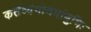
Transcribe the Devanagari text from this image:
कर्तव्यंगोमयांबुभिः